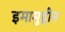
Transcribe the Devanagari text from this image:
इमामुद्दीन